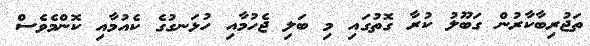
ތަޖުރިބާކާރުން ގަބޫލު ކުރާ ގޮތުގައި މި ބަލި ޖެހުމާއި ހުޅަނގުގެ ކެއުމާއި ކޮންމެވެސް